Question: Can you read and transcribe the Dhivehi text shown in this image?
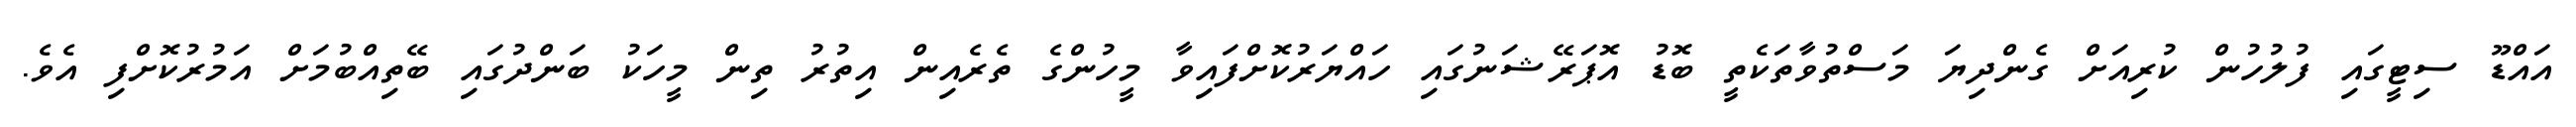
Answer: އައްޑޫ ސިޓީގައި ފުލުހުން ކުރިއަށް ގެންދިޔަ މަސްތުވާތަކެތީ ބޮޑު އޮޕަރޭޝަނުގައި ހައްޔަރުކޮށްފައިވާ މީހުންގެ ތެރެއިން އިތުރު ތިން މީހަކު ބަންދުގައި ބޭތިއްބުމަށް އަމުރުކޮށްފި އެވެ.